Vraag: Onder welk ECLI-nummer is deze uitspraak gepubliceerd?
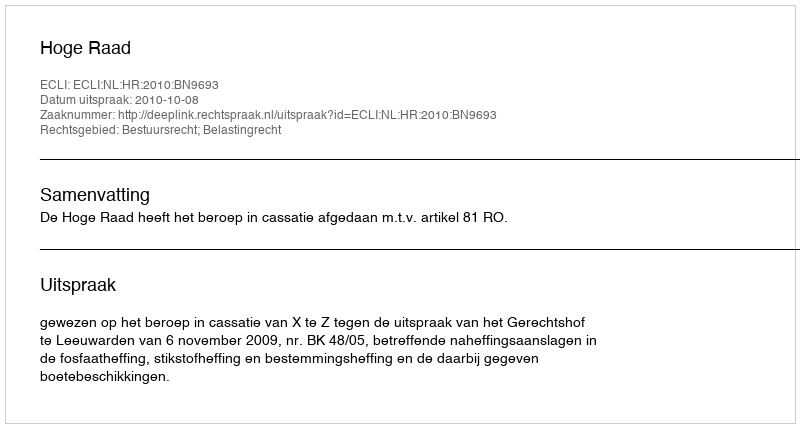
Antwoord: ECLI:NL:HR:2010:BN9693